Haapsalu_Metskond, lk 12
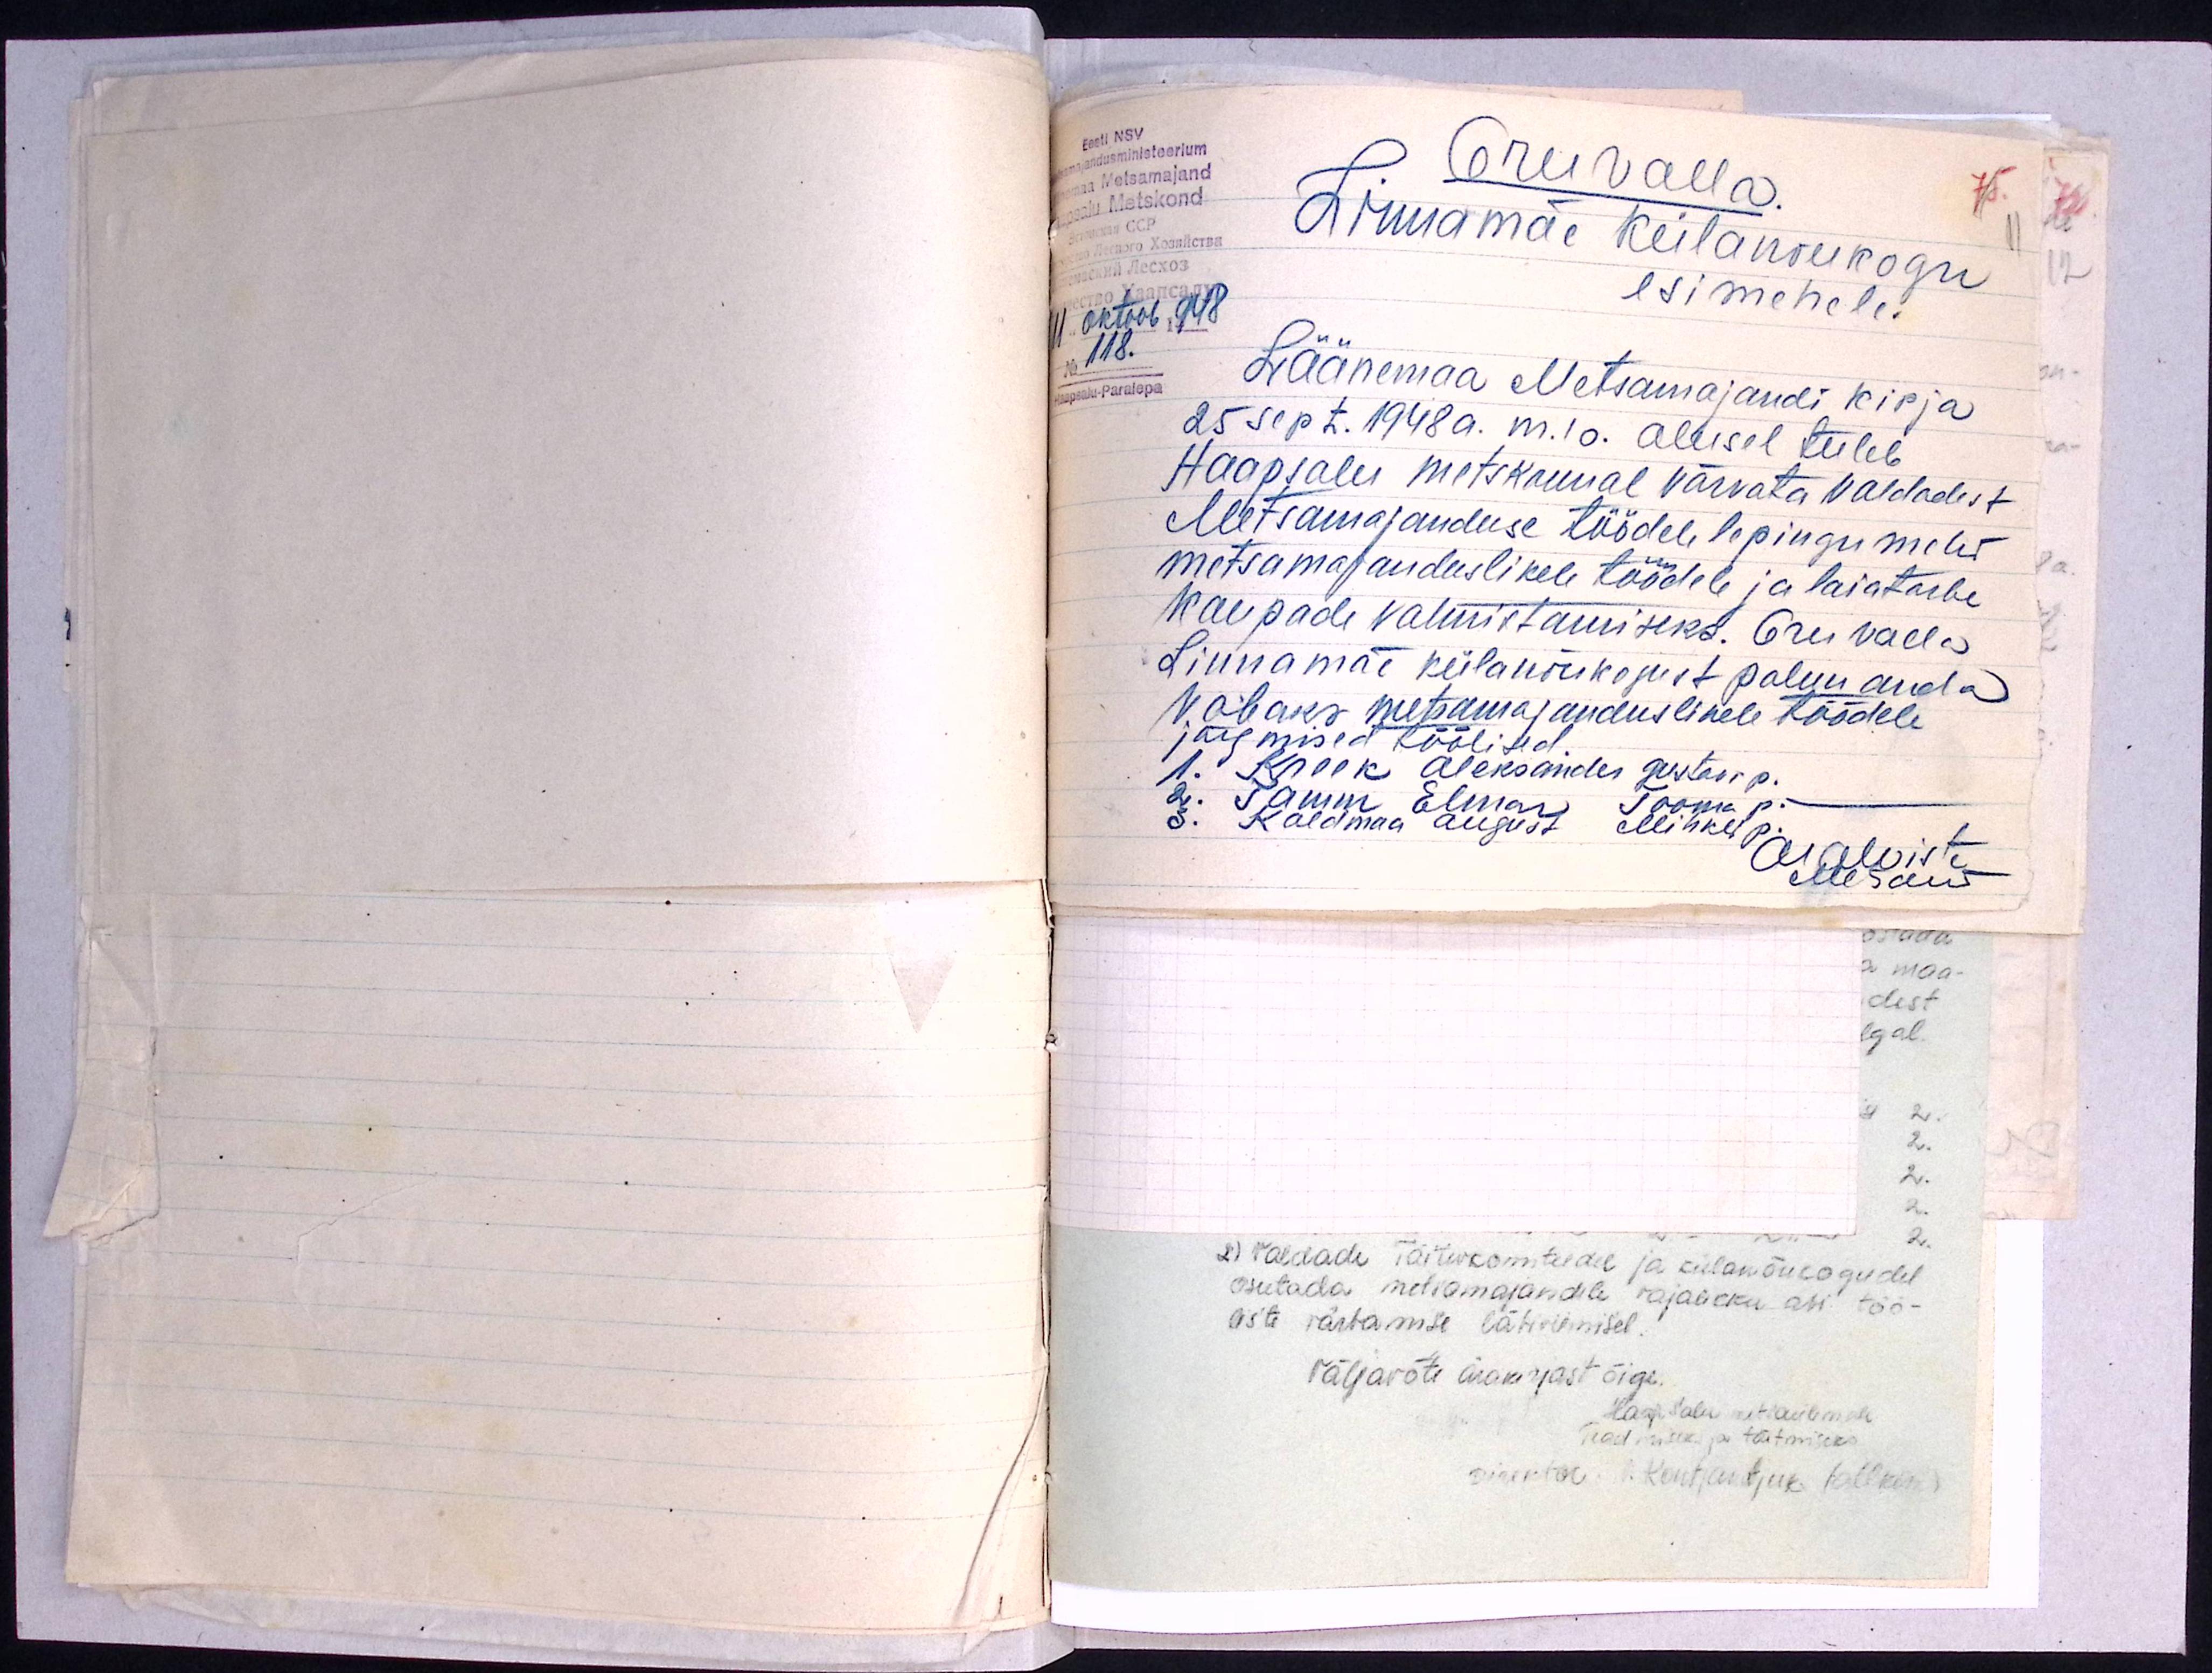
Eesti NSV
Metsamajandusministeerium
Läänemaa Metsamajand
Haapsalu Metskond
Oru valla.
75.
Linnamäe külanõukogu
esimehele.
11 oktoob 1948
No 118.
Haapsalu-Paralepa
Läänemaa Metsamajandi kirja
25 sept. 1948a. m.10. alusel tuleb
Haapsalu metskonnal värvata valdadest
Metsamajanduse töödele lepingu mehi
metsamajanduslikele töödele ja laiatarbe
kaupade valmistamiseks. Oru valla
Linnamäe külanõukogust palun anda
vabaks metsamajanduslikele töödele
järgmised töölised.
1. Kreek Aleksander Gustavi p.
2. Tamm Elmar Tooma p.
3. Kaldmaa August Mihkli p.
ATalviste